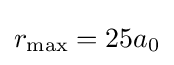
r_{\mathrm {max} }=25a_{0}